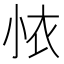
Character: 𭕊